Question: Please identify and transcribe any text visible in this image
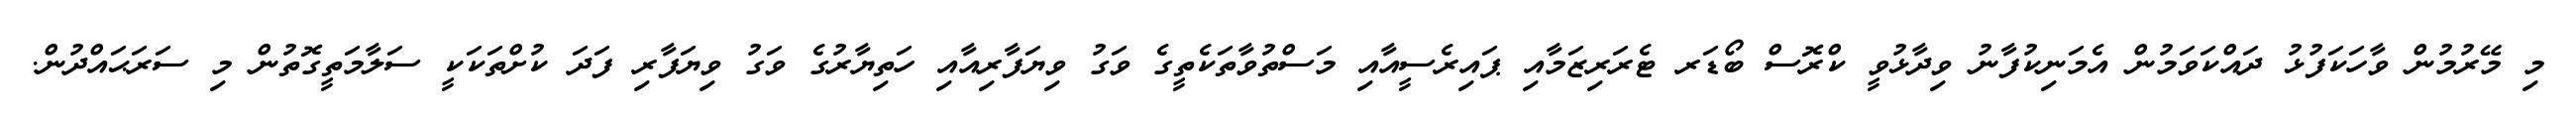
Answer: މި މޭރުމުން ވާހަކަފުޅު ދައްކަވަމުން އެމަނިކުފާނު ވިދާޅުވީ ކްރޮސް ބޯޑަރ ޓެރަރިޒަމާއި ޕައިރެސީއާއި މަސްތުވާތަކެތީގެ ވަގު ވިޔަފާރިއާއި ހަތިޔާރުގެ ވަގު ވިޔަފާރި ފަދަ ކުށްތަކަކީ ސަލާމަތީގޮތުން މި ސަރަޙައްދުން.